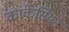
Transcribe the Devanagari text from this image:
काकेसियन